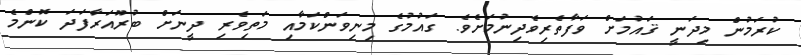
ކުރަމުން މިދަނީ ޤައުމަށް ވަފާތެރިވެދިނުމަށެވެ. ގައުމުގެ މިނިވަންކަމާއި މަތިވެރި ދީނަށް ބުރޫއަރާފަދަ ކޮންމެ